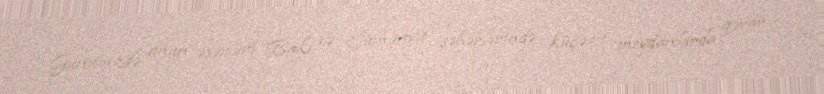
Günümzdə onun əsərləri Bakı və Sumqayıt şəhərlərində küçə və meydanlarda qərar